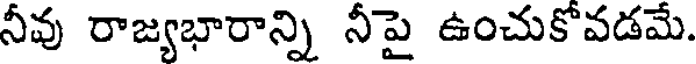
నీవు రాజ్యభారాన్ని నీపై ఉంచుకోవడమే.